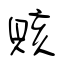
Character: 賅